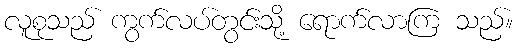
လူစုသည် ကွက်လပ်တွင်းသို့ ရောက်လာကြ သည်။